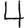
Digit: 4